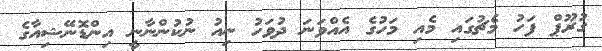
ގުރޫޕް ފަހު މެޗުގައި މެއި މަހުގެ އެއްވަނަ ދުވަހު ނިއު ނުކުންނާނީ އިންޑޮނޭޝިއާގެ